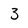
Character: 3